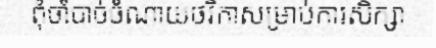
ពុំចាំបាច់ចំណាយថវិកាសម្រាប់ការសិក្សា